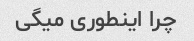
چرا اینطوری میگی